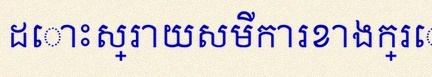
ដោះស្រាយសមីការខាងក្រោម